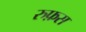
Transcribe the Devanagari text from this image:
रुफ़स